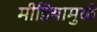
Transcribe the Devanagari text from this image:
मीडियामुळे